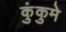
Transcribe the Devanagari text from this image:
कुंकुमे